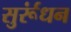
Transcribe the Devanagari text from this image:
सुर्रूंधन